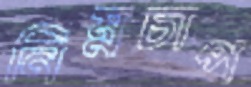
নিম্নচাপ